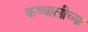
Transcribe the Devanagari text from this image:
कव्वालीच्या